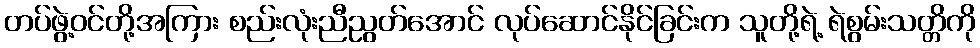
တပ်ဖွဲ့ဝင်တို့အကြား စည်းလုံးညီညွတ်အောင် လုပ်ဆောင်နိုင်ခြင်းက သူတို့ရဲ့ ရဲစွမ်းသတ္တိကို